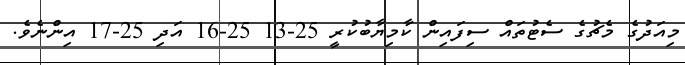
މިއަދުގެ މެޗުގެ ސެޓުތައް ސިފައިން ކާމިޔާބުކުރީ 25-13 25-16 އަދި 25-17 އިންނެވެ.